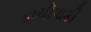
કાચીપાકી